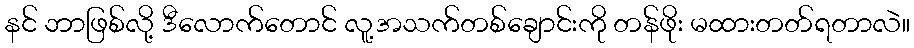
နင် ဘာဖြစ်လို့ ဒီလောက်တောင် လူ့အသက်တစ်ချောင်းကို တန်ဖိုး မထားတတ်ရတာလဲ။